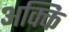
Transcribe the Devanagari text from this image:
अक्कि